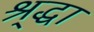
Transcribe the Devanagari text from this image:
श्र्द्धा